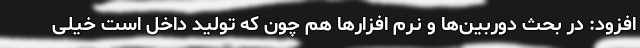
افزود: در بحث دوربین‌ها و نرم افزارها هم چون که تولید داخل است خیلی